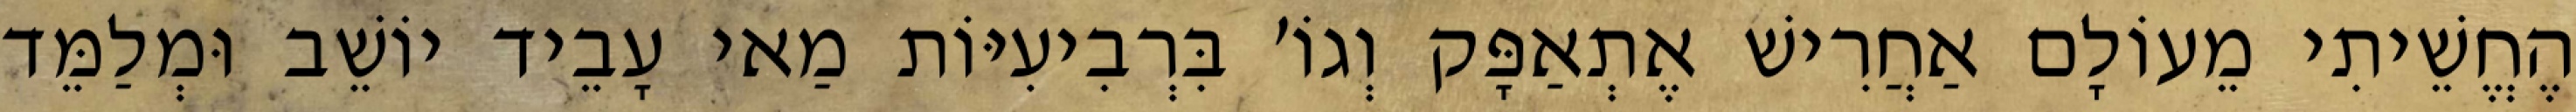
הֶחֱשֵׁיתִי מֵעוֹלָם אַחֲרִישׁ אֶתְאַפָּק וְגוֹ׳ בִּרְבִיעִיּוֹת מַאי עָבֵיד יוֹשֵׁב וּמְלַמֵּד